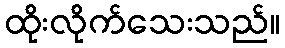
ထိုးလိုက်သေးသည်။